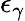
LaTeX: \epsilon_{\gamma}